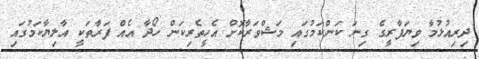
ދިރިއުޅުމާ ވިޔަފާރީގެ ގިނަ ކަންކަމުގައި މަޝްވަރާކޮށް އެހީތެރިކަން ހޯދާ އެއް ފަރާތަކީ އާލިޔާކަމުގައި